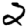
Digit: 2